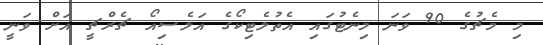
މި މެޗުގެ 90 ވަނަ މިނެޓުގައި އެތުލެޓިކޯގެ އަލެސިއޯ ޗެރްޗީ އަށް ވަނީ